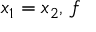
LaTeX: x _ { 1 } = x _ { 2 } , \, f